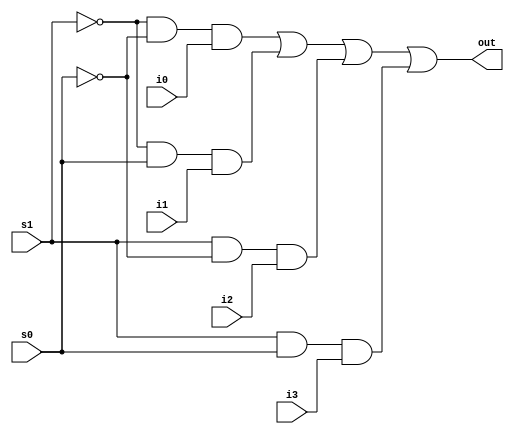
`timescale 1ns / 1ps


module muxdf4_1(i3,i2,i1,i0,s1,s0,out);
 input i3,i2,i1,i0,s1,s0;
 output out;
 assign out = (~s1&~s0&i0)|(~s1&s0&i1)|(s1&~s0&i2)|(s1&s0&i3);
endmodule